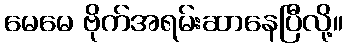
မေမေ ဗိုက်အရမ်းဆာနေပြီလို့။